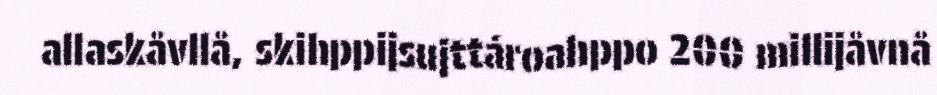
allaskåvllå, skihppijsujttároahppo 200 millijåvnå